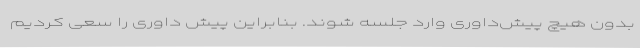
بدون هیچ پیش‌داوری وارد جلسه شوند. بنابراین پیش داوری را سعی کردیم